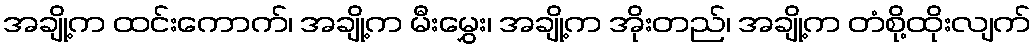
အချို့က ထင်းကောက်၊ အချို့က မီးမွှေး၊ အချို့က အိုးတည်၊ အချို့က တံစို့ထိုးလျက်